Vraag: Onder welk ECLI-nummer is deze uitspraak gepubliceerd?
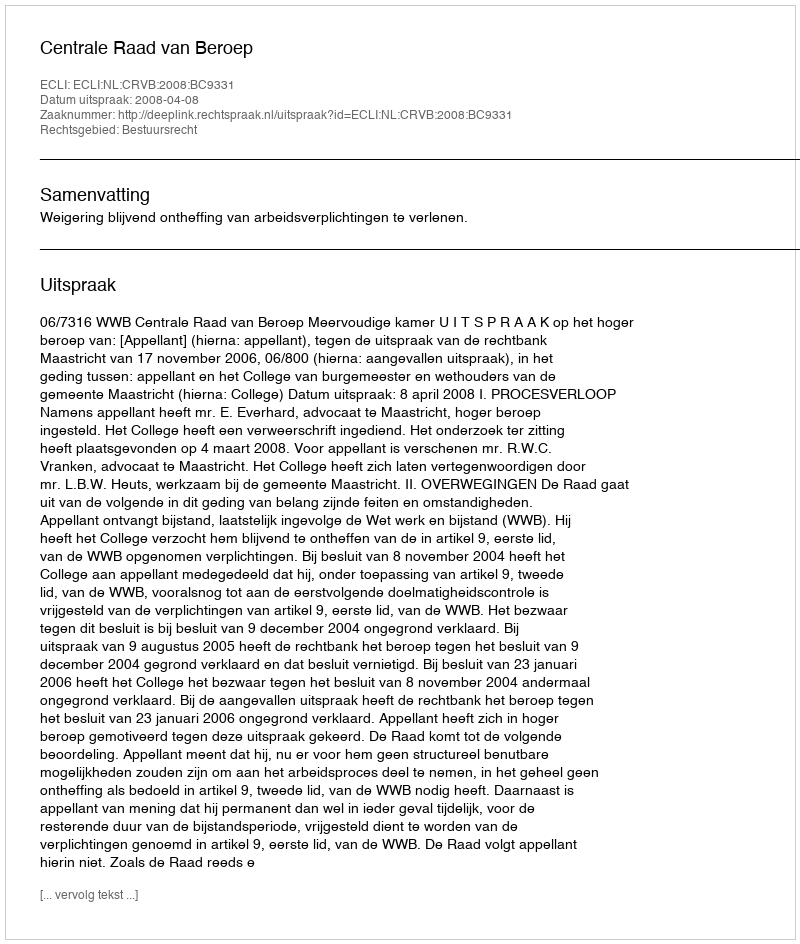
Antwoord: ECLI:NL:CRVB:2008:BC9331